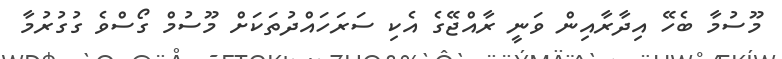
މޫސުމާ ބެހޭ އިދާރާއިން ވަނީ ރާއްޖޭގެ އެކި ސަރަހައްދުތަކަށް މޫސުމް ގޯސްވެ ގުގުރުމާ